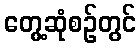
တွေ့ဆုံစဉ်တွင်